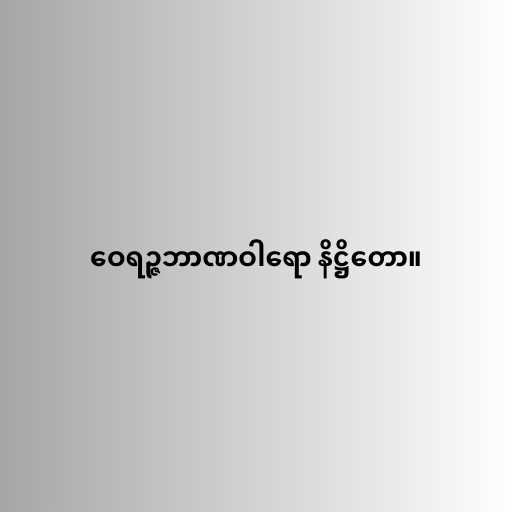
ဝေရဉ္ဇဘာဏဝါရော နိဋ္ဌိတော။